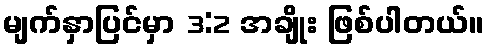
မျက်နှာပြင်မှာ 3:2 အချိုး ဖြစ်ပါတယ်။